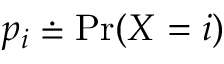
p _ { i } \doteq \operatorname* { P r } ( X = i )